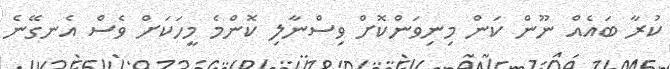
ކުރާ ބައެއް ނޫން ކަން މިނިވަންކޮށް ވިސްނާލި ކޮންމެ މީހަކަށް ވެސް އެނގޭނެ